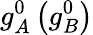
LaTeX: g_{A}^{0}\left(g_{B}^{0}\right)